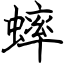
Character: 蟀